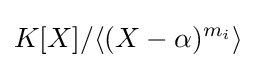
K[X]/\langle (X-\alpha )^{m_{i}}\rangle